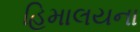
હિમાલયના